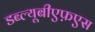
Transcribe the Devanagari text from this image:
डब्ल्यूबीएफ़एस